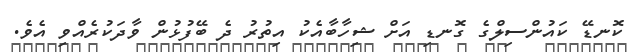
ކޮނޑޭ ކައުންސިލްގެ ގޮނޑި އަށް ޝިހާބާއެކު އިތުރު ދެ ބޭފުޅުން ވާދަކުރެއްވި އެވެ.